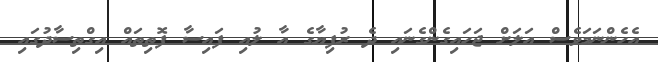
އެހެންނަމަވެސް އަލަށް ޖަހައިގެންގެނައި ދެ ރުފިޔާގެ އާ ލުއި ފައިސާ ފޮތިތައް އިގްތިސާދުގައި